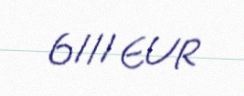
6111 EUR